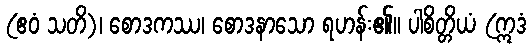
(ဧဝံ သတိ)၊ စောဒကဿ၊ စောဒနာသော ရဟန်း၏။ ပါစိတ္တိယံ (ဣဒံ